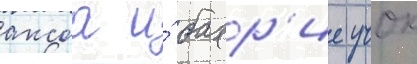
аксоа и́ бахр'ие учок